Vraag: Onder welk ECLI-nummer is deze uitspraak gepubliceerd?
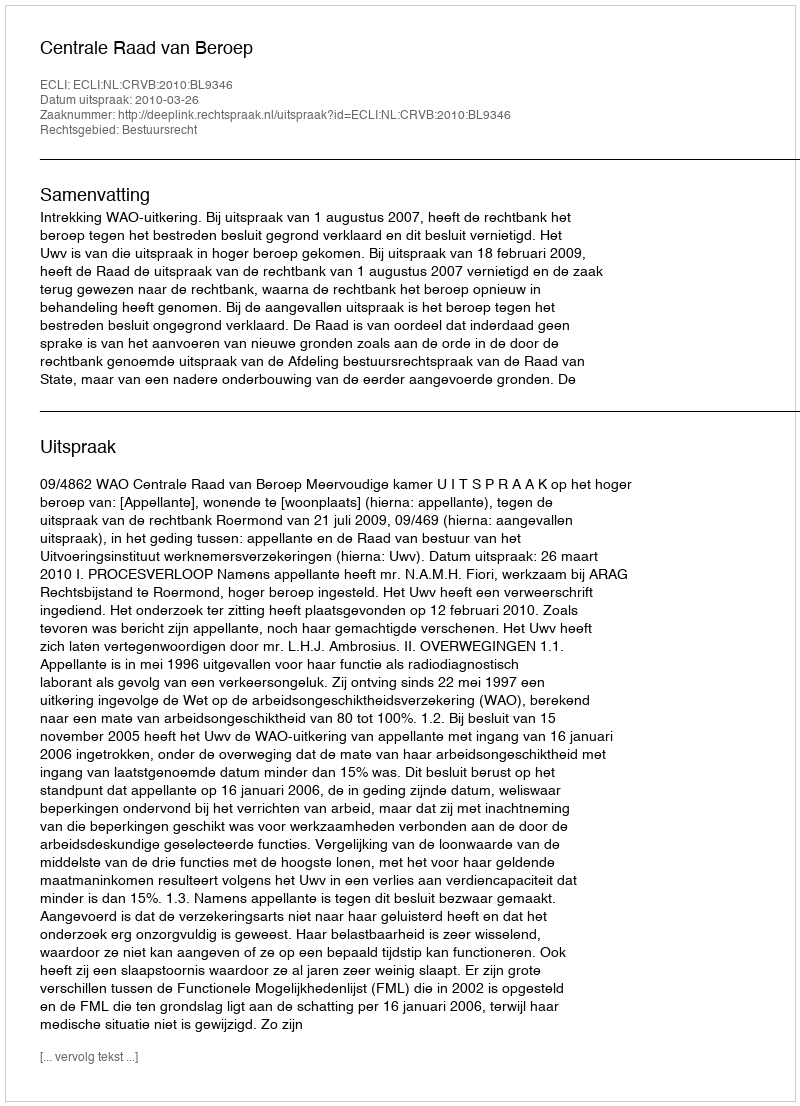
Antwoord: ECLI:NL:CRVB:2010:BL9346